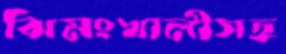
ঝিমংখালীসহ